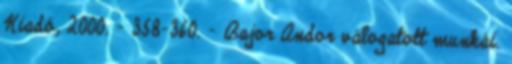
Kiadó, 2000. – 358-360. – Bajor Andor válogatott munkái.